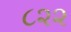
૮૨૨